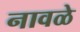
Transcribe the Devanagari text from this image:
नावळे